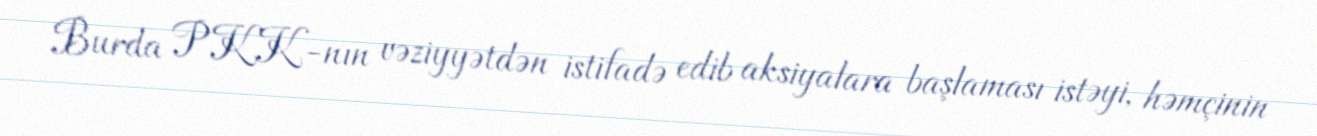
Burda PKK-nın vəziyyətdən istifadə edib aksiyalara başlaması istəyi, həmçinin